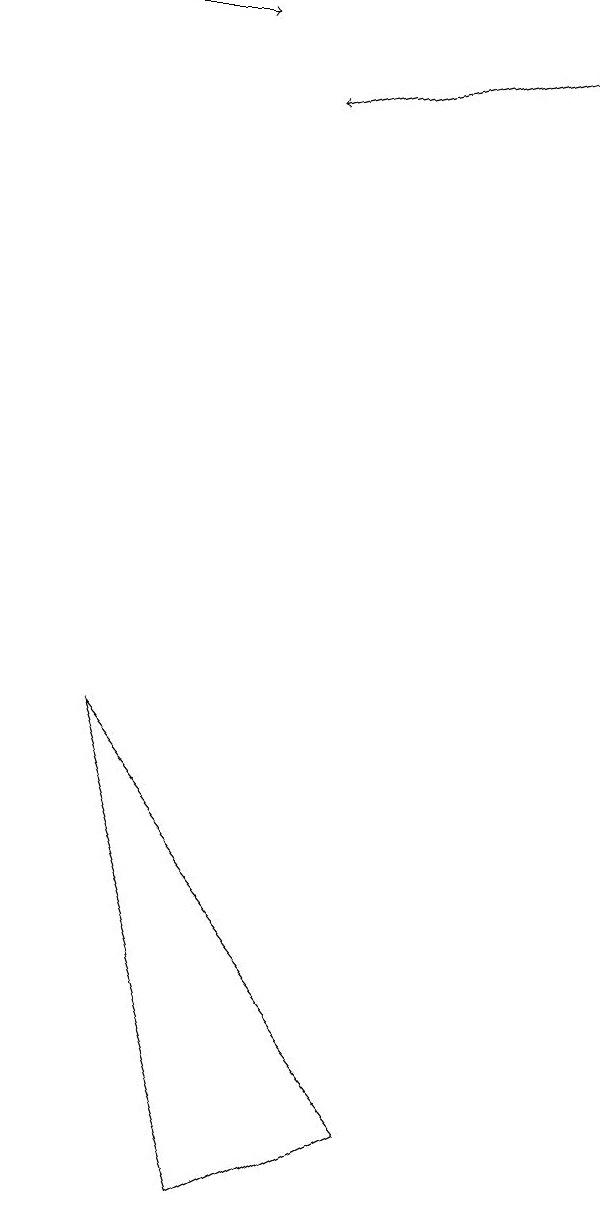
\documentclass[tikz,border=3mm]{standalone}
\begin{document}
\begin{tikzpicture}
\draw[->] (2,16) -- (4,16);
\draw[->] (9,16) -- (5,15);
\draw (7,2) -- (5,1) -- (3,7) -- cycle;
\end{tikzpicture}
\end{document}